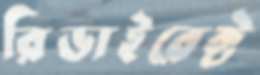
রিডাইরেক্ট